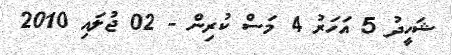
ޝަހީދު 5 އަހަރު 4 މަސް ކުރިން - 02 ޖުލައި 2010